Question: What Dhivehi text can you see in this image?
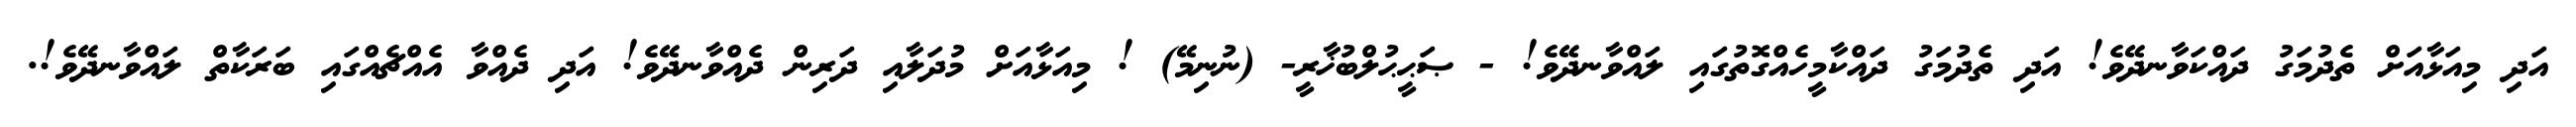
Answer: އަދި މިއަޅާއަށް ތެދުމަގު ދައްކަވާނދޭވެ! އަދި ތެދުމަގު ދައްކާމީހެއްގޮތުގައި ލައްވާނދޭވެ! - ޞަޙީޙުލްބުޚާރީ- (ނުނިމޭ) ! މިއަޅާއަށް މުދަލާއި ދަރިން ދެއްވާނދޭވެ! އަދި ދެއްވާ އެއްޗެއްގައި ބަރަކާތް ލައްވާނދޭވެ!.